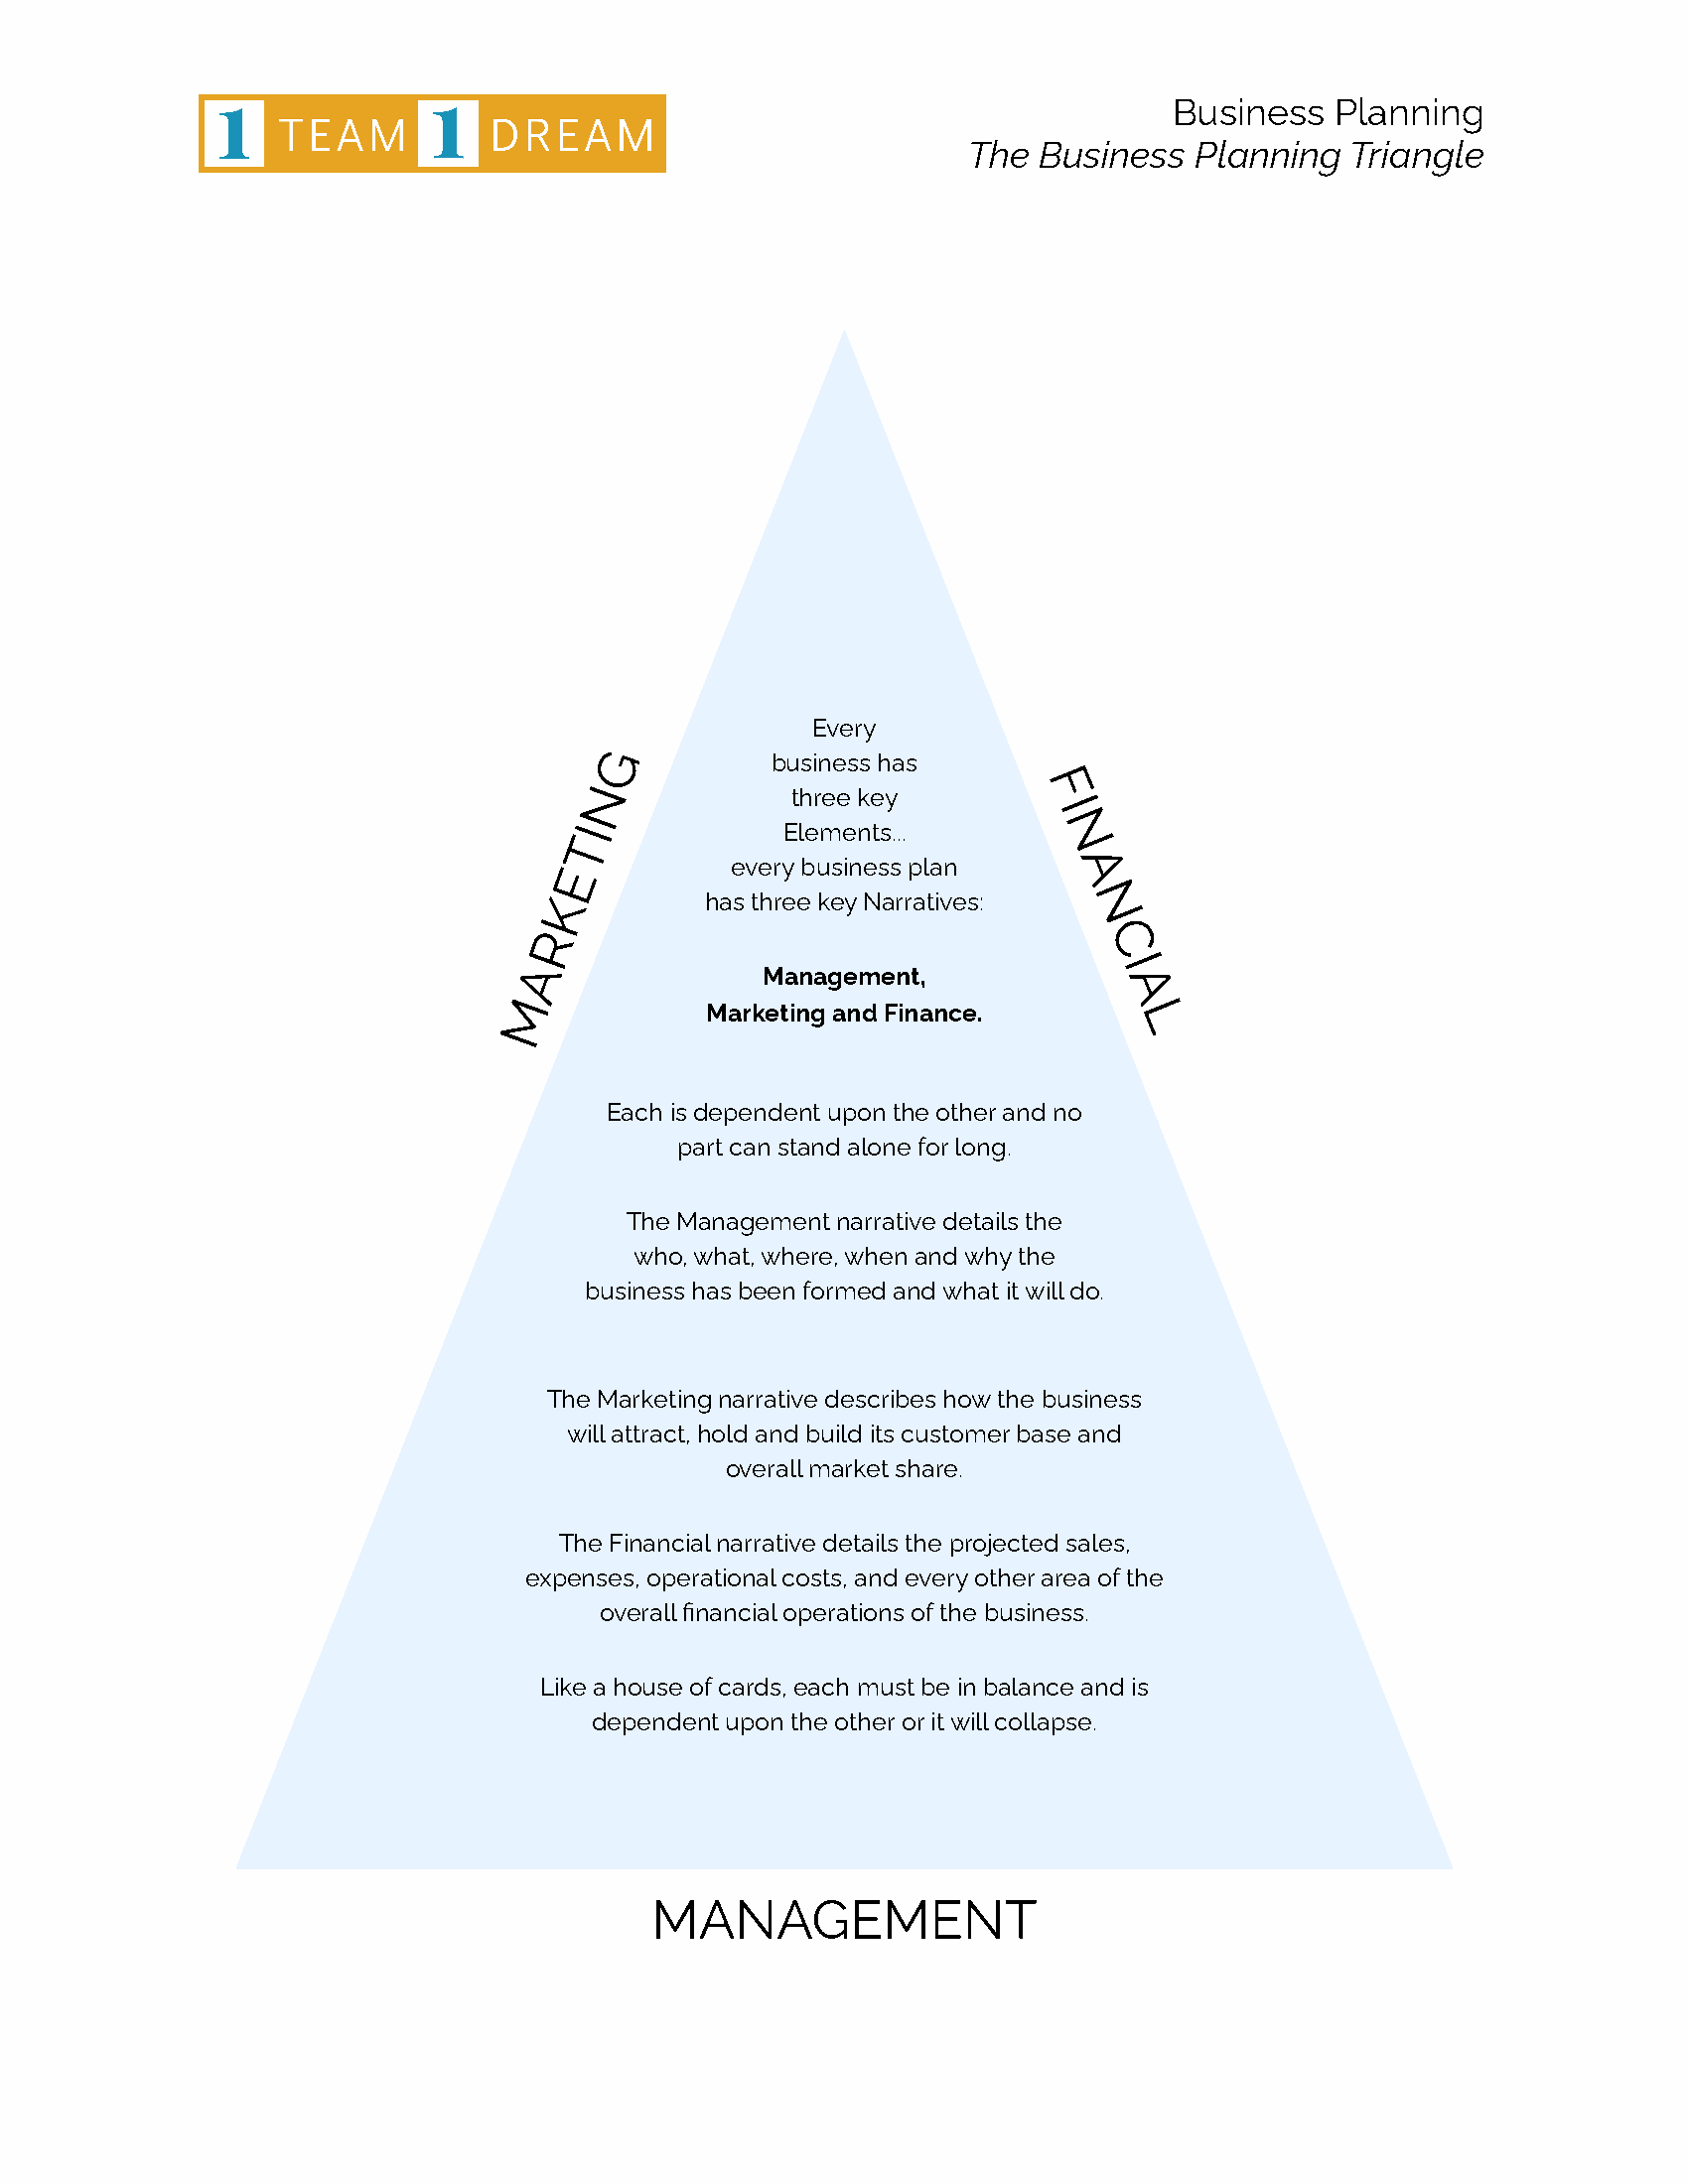
Business   Planning
 The  Business   Planning  Triangle
 Every
 G
 business has
 N             three key       F
 I
 I             Elements...       N
 T
 E           every business plan   A
 K         has three key Narratives: N
 R                                    C
 A               Management,            I
 A
 M
 Marketing and Finance.
 L
 Each is dependent upon the other and no
 part can stand alone for long.
 The Management narrative details the
 who, what, where, when and why the
 business has been formed and what it will do.
 The Marketing narrative describes how the business
 will attract, hold and build its customer base and
 overall market share.
 The Financial narrative details the projected sales,
 expenses, operational costs, and every other area of the
 overall financial operations of the business.
 Like a house of cards, each must be in balance and is
 dependent upon the other or it will collapse.
 MANAGEMENT